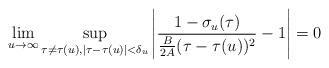
LaTeX: \begin{align*}\lim_{u\to\infty}\sup_{\tau\neq \tau(u), |\tau-\tau(u)|<\delta_u}\left|\frac{1-\sigma_{u}(\tau)}{\frac{B}{2A}(\tau-\tau(u))^2}-1\right| =0\end{align*}